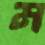
ম